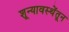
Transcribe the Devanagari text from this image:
शून्यावस्थेंतून